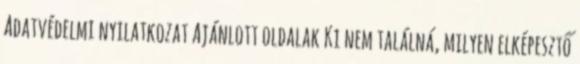
Adatvédelmi nyilatkozat Ajánlott oldalak Ki nem találná, milyen elképesztő